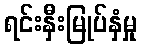
ရင်းနှီးမြုပ်နှံမှု